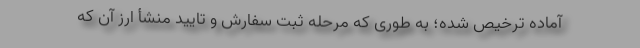
آماده ترخیص شده؛ ‌به طوری که مرحله ثبت سفارش و تایید منشأ ارز آن که